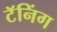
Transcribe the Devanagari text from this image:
टॅनिंग